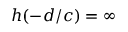
h ( - d / c ) = \infty